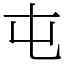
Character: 屯